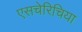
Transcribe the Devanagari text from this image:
एसचेरिचिया